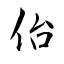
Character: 佁